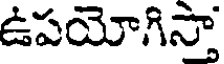
ఉపయోగిస్తా